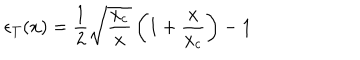
\epsilon _ { T } ( x ) = \frac { 1 } { 2 } \sqrt { \frac { x _ { c } } { x } } \left( 1 + \frac { x } { x _ { c } } \right) - 1